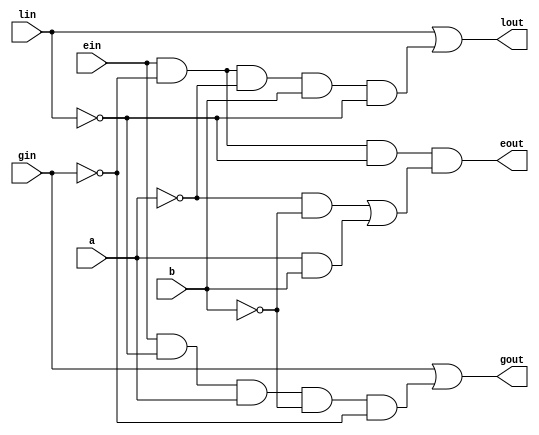
`timescale 1ns / 1ps
//////////////////////////////////////////////////////////////////////////////////
// Company: 
// Engineer: 
// 
// Design Name: 
// Module Name:    comparator 
// Project Name: 
// Target Devices: 
// Tool versions: 
// Description: 
//
// Dependencies: 
//
// Revision: 
// Revision 0.01 - File Created
// Additional Comments: 
//
//////////////////////////////////////////////////////////////////////////////////
module comparator(a, b, lin, ein, gin, lout, eout, gout);
input a, b, lin, ein, gin;
output lout, eout, gout;
wire lout, eout, gout;

assign gout = gin | (ein & (~lin) & a & (~b) & (~gin));
assign lout = lin | (ein & (~gin) & (~a) & b & (~lin));
assign eout = ein & (~gin) & (~lin) & (((~a) & (~b)) | (a & b));

endmodule